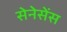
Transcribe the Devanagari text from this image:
सेनेसेंस